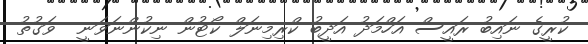
ކުރީގެ ނައިބު ރައީސް އަހްމަދު އަދީބު ކްރިމިނަލް ކޯޓުން ނިކުންނަވަނީ  ވަގުތު